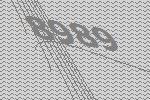
8989